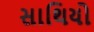
સાથિયો